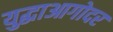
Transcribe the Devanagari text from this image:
युद्धाआगोदर